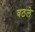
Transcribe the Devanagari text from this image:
वठले